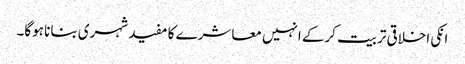
انکی اخلاقی تربیت کرکے انہیں معاشرے کا مفید شہری بنانا ہوگا۔